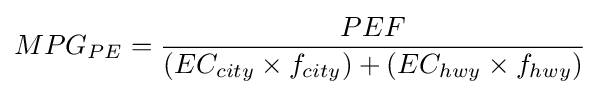
MPG_{PE}={\frac {PEF}{\left(EC_{city}\times f_{city}\right)+\left(EC_{hwy}\times f_{hwy}\right)}}